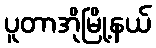
ပူတာအိုမြို့နယ်